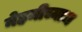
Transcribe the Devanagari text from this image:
नेहमीच्याच